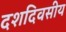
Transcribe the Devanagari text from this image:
दशदिवसीय